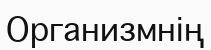
Организмнің